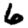
Digit: 6